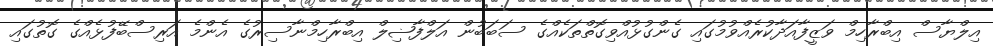
އިލްޔާސް އިބްރާހިމް ވަޒީފާއަދާކުރެއްވުމުގައި ގެންގުޅުއްވިގޮތްތަކެއްގެ ސަބަބުން އަލްފާޟިލް އިބްރާހިމްނާސިރުގެ އެންމެ އަރިސްބޭފުޅެއްގެ ގޮތުގައި